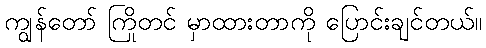
ကျွန်တော် ကြိုတင် မှာထားတာကို ပြောင်းချင်တယ်။